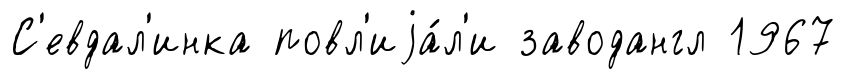
С'евдал'инка повл'иjа́л'и заводангл 1967